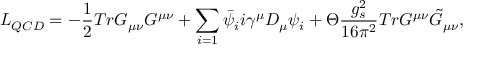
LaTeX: { \cal L } _ { Q C D } = - \frac { 1 } { 2 } T r G _ { \mu \nu } G ^ { \mu \nu } + \sum _ { i = 1 } \bar { \psi } _ { i } i \gamma ^ { \mu } D _ { \mu } \psi _ { i } + \Theta \frac { g _ { s } ^ { 2 } } { 1 6 \pi ^ { 2 } } T r G ^ { \mu \nu } \tilde { G } _ { \mu \nu } ,